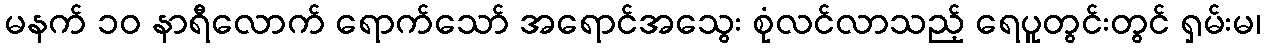
မနက် ၁၀ နာရီလောက် ရောက်သော် အရောင်အသွေး စုံလင်လာသည့် ရေပူတွင်းတွင် ရှမ်းမ၊